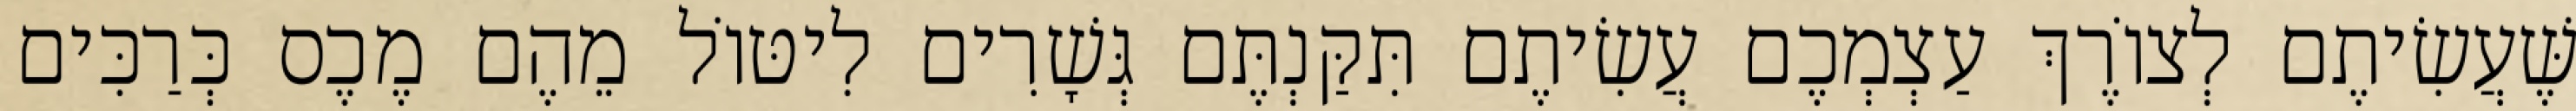
שֶּׁעֲשִׂיתֶם לְצוֹרֶךְ עַצְמְכֶם עֲשִׂיתֶם תִּקַּנְתֶּם גְּשָׁרִים לִיטּוֹל מֵהֶם מֶכֶס כְּרַכִּים